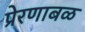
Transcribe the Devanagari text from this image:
प्रेरणाबळ